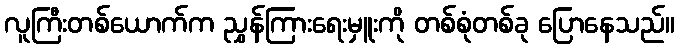
လူကြီးတစ်ယောက်က ညွှန်ကြားရေးမှူးကို တစ်စုံတစ်ခု ပြောနေသည်။